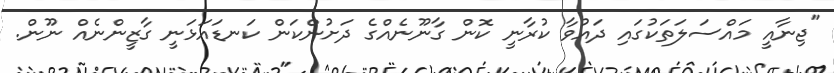
"ޖިނާއީ މައްސަލަތަކުގައި ދައުވާ ކުރާނީ ކޮން ގާނޫނެއްގެ ދަށުންކަން ކަނޑައަޅަނީ ގާޒީންނެއް ނޫން.